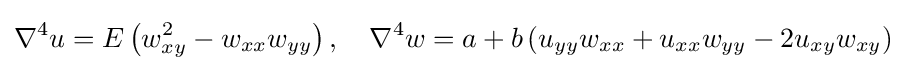
\displaystyle \nabla ^{4}u=E\left(w_{xy}^{2}-w_{xx}w_{yy}\right),\quad \nabla ^{4}w=a+b\left(u_{yy}w_{xx}+u_{xx}w_{yy}-2u_{xy}w_{xy}\right)